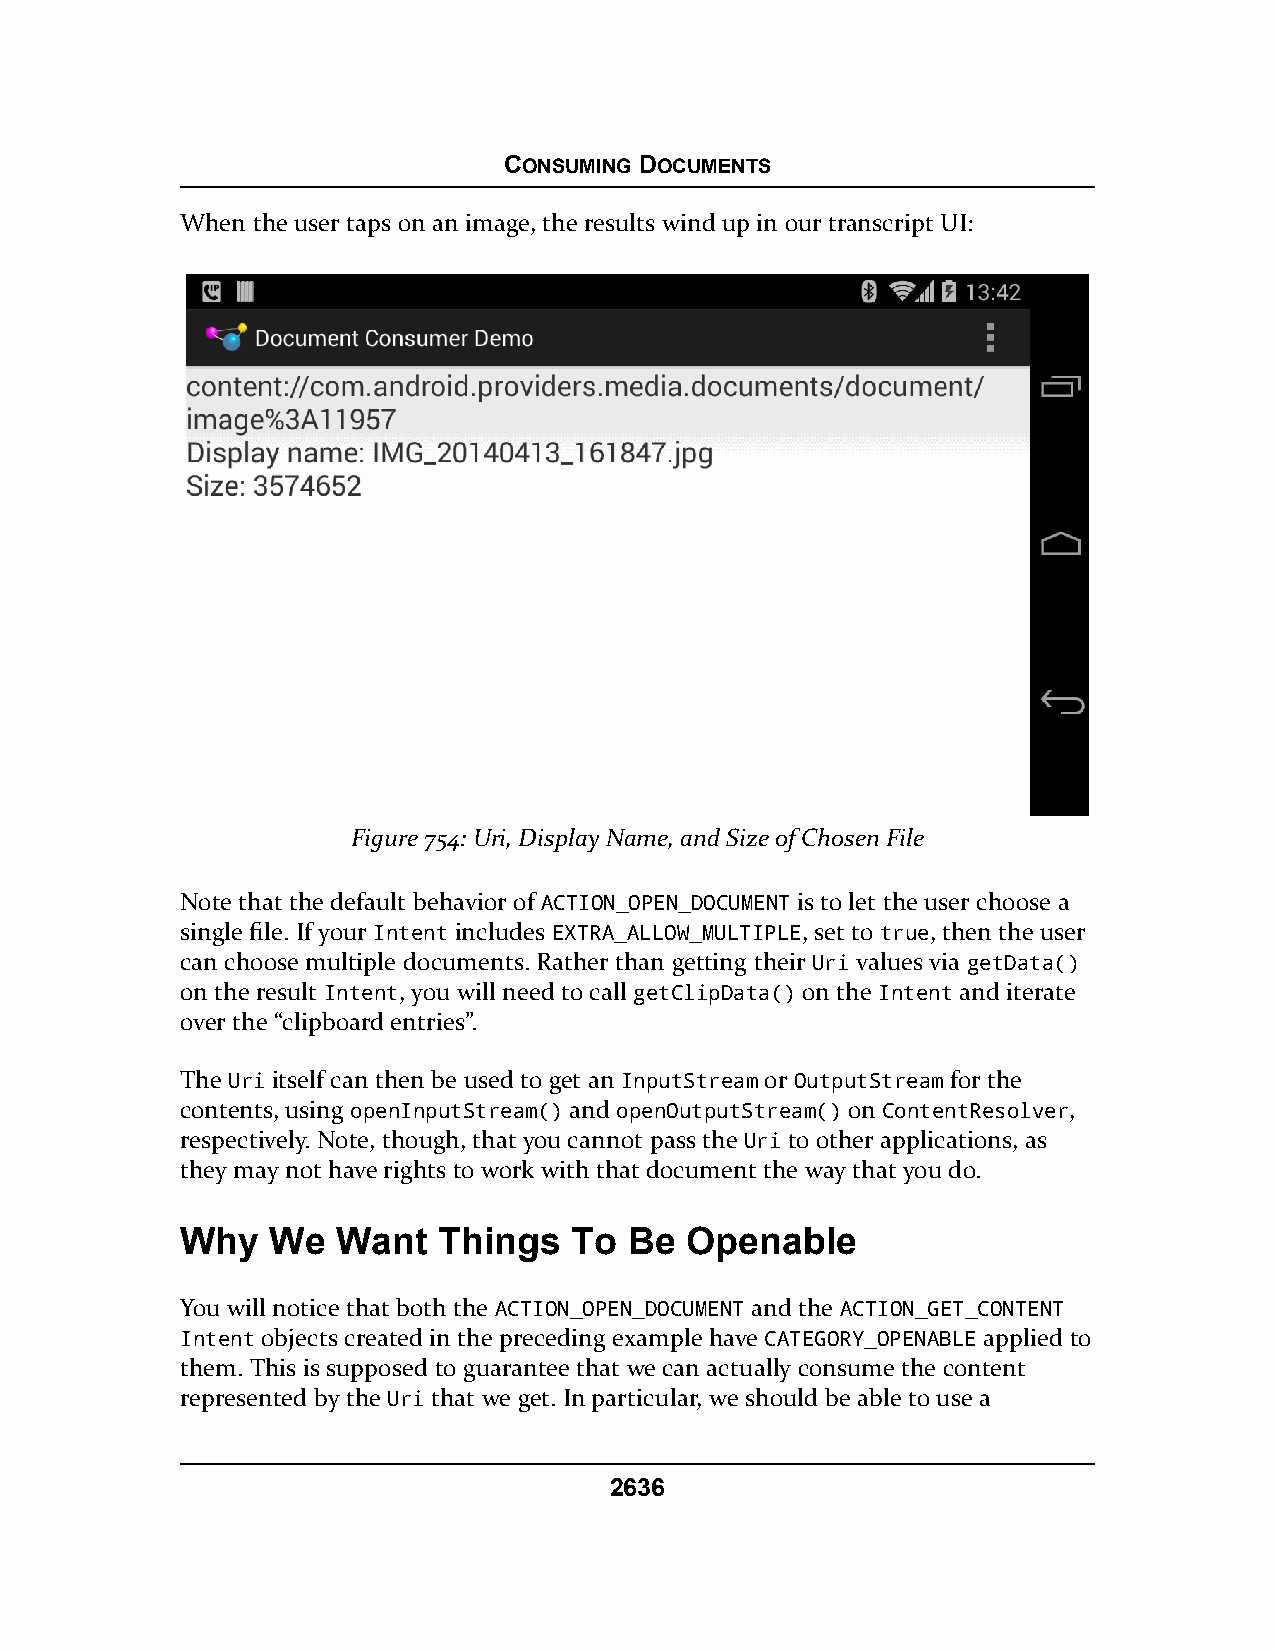
CONSUMING DOCUMENTS
 When the user taps on an image, the results wind up in our transcript UI:
 Figure 754: Uri, Display Name, and Size of Chosen File
 Note that the default behavior of ACTION_OPEN_DOCUMENT is to let the user choose a
 single file. If your Intent includes EXTRA_ALLOW_MULTIPLE, set to true, then the user
 can choose multiple documents. Rather than getting their Uri values via getData()
 on the result Intent, you will need to call getClipData() on the Intent and iterate
 over the “clipboard entries”.
 The Uri itself can then be used to get an InputStream or OutputStream for the
 contents, using openInputStream() and openOutputStream() on ContentResolver,
 respectively. Note, though, that you cannot pass the Uri to other applications, as
 they may not have rights to work with that document the way that you do.
 Why   We  Want   Things   To  Be Openable
 You will notice that both the ACTION_OPEN_DOCUMENT and the ACTION_GET_CONTENT
 Intent objects created in the preceding example have CATEGORY_OPENABLE applied to
 them. This is supposed to guarantee that we can actually consume the content
 represented by the Uri that we get. In particular, we should be able to use a
 2636